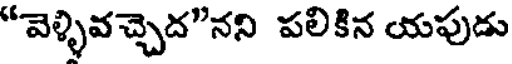
"వెళ్ళివచ్చెద"నని పలికిన యపుడు